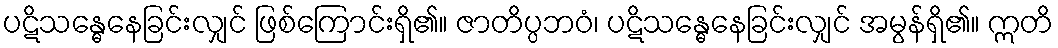
ပဋိသန္ဓေနေခြင်းလျှင် ဖြစ်ကြောင်းရှိ၏။ ဇာတိပ္ပဘဝံ၊ ပဋိသန္ဓေနေခြင်းလျှင် အမွန်ရှိ၏။ ဣတိ